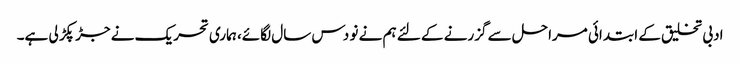
ادبی تخلیق کے ابتدائی مراحل سے گزرنے کے لئے ہم نے نو دس سال لگائے، ہماری تحریک نے جڑ پکڑ لی ہے۔